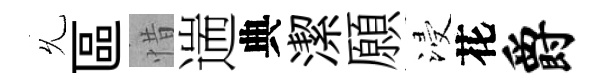
𠃔區惜遄典潔願浸花爵